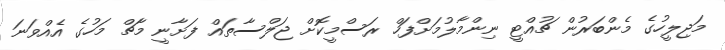
މަޖިލީހުގެ މެންބަރުން ޗުއްޓީ ނިންމާލުމަށްފަހް ރަސްމީކޮށް ޖަލްސާތައް ފަށާނީ މާޗް މަހުގެ އެއްވަނަ